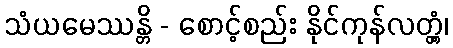
သံယမေဿန္တိ - စောင့်စည်း နိုင်ကုန်လတ္တံ့၊